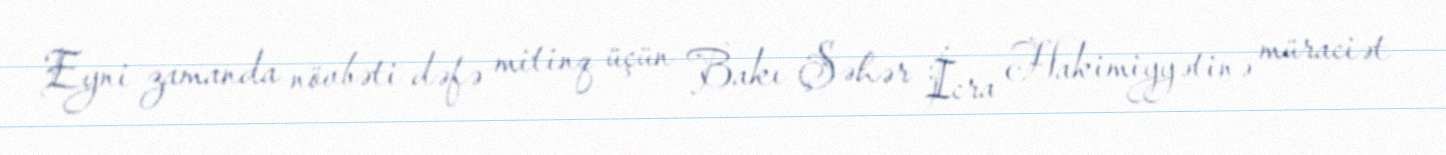
Eyni zamanda növbəti dəfə mitinq üçün Bakı Şəhər İcra Hakimiyyətinə müraciət